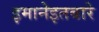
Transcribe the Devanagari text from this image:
इमानेइतबारे